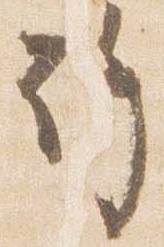
許